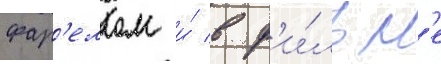
фар'еллом и́ в ф'и́льм'е